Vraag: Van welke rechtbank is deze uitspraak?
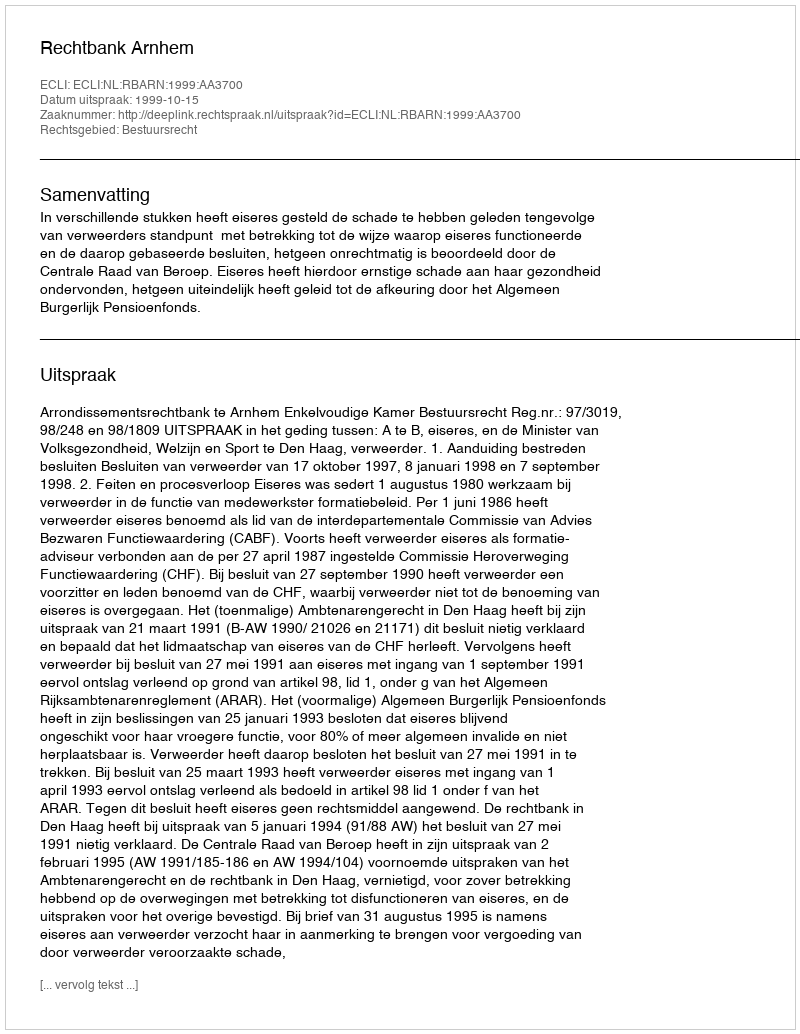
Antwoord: Rechtbank Arnhem